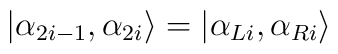
\left| \alpha _{2i-1},\alpha _{2i}\right\rangle =\left| \alpha _{Li},\alpha _{Ri}\right\rangle